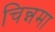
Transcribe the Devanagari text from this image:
चिन्नमा